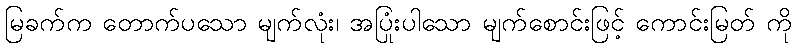
မြခက်က တောက်ပသော မျက်လုံး၊ အပြုံးပါသော မျက်စောင်းဖြင့် ကောင်းမြတ် ကို